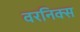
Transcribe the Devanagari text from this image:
वरनिक्स